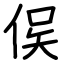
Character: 㑨